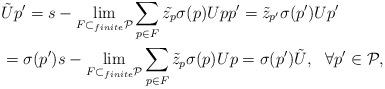
LaTeX: \begin{align*}&\tilde{U}p'=s-\lim_{F\subset_{finite}\mathcal{P}}\sum_{p\in F}\tilde{z_p}\sigma(p)Upp'=\tilde{z}_{p'}\sigma(p')Up'\\&=\sigma(p')s-\lim_{F\subset_{finite}\mathcal{P}}\sum_{p\in F}\tilde{z}_p\sigma(p)Up=\sigma(p')\tilde{U},~~\forall p'\in\mathcal{P},~\end{align*}